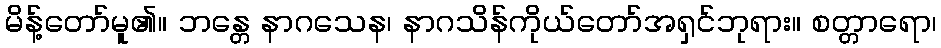
မိန့်တော်မူ၏။ ဘန္တေ နာဂသေန၊ နာဂသိန်ကိုယ်တော်အရှင်ဘုရား။ စတ္တာရော၊